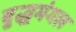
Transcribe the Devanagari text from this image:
बुद्धमंगल